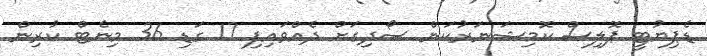
ޑެޕިޔުޓީ ޕޮލިސް ކޮމިޝަނަރުކަން ސޯދިގަށް ދެއްވައިފި 17 ގަޑި 36 މިނެޓް ކުރިން